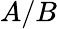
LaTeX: A/B